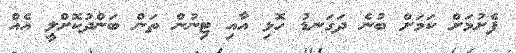
ފެށުމަށް ކަމަށް ބުނެ ދަގަނޑު ހޮޅި އާއި ޓިނުން ތަން ބަންދުކޮށްލީ އެއް